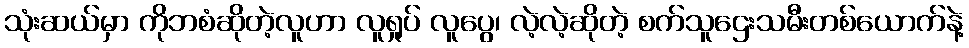
သုံးဆယ်မှာ ကိုဘစံဆိုတဲ့လူဟာ လူရှုပ် လူပွေ၊ လဲ့လဲ့ဆိုတဲ့ စက်သူဌေးသမီးတစ်ယောက်နဲ့